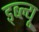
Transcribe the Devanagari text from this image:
ड्ब्ल्यू